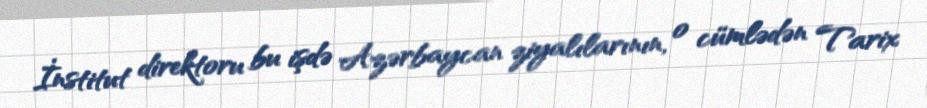
İnstitut direktoru bu işdə Azərbaycan ziyalılarının, o cümlədən Tarix